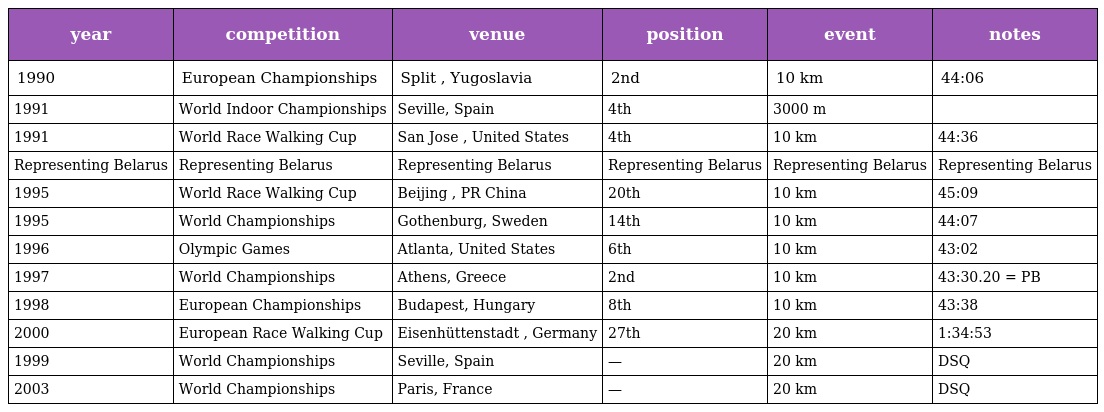
| year | competition | venue | position | event | notes |
 | --- | --- | --- | --- | --- | --- |
 | 1990 | European Championships | Split , Yugoslavia | 2nd | 10 km | 44:06 |
 | 1991 | World Indoor Championships | Seville, Spain | 4th | 3000 m |  |
 | 1991 | World Race Walking Cup | San Jose , United States | 4th | 10 km | 44:36 |
 | Representing Belarus | Representing Belarus | Representing Belarus | Representing Belarus | Representing Belarus | Representing Belarus |
 | 1995 | World Race Walking Cup | Beijing , PR China | 20th | 10 km | 45:09 |
 | 1995 | World Championships | Gothenburg, Sweden | 14th | 10 km | 44:07 |
 | 1996 | Olympic Games | Atlanta, United States | 6th | 10 km | 43:02 |
 | 1997 | World Championships | Athens, Greece | 2nd | 10 km | 43:30.20 = PB |
 | 1998 | European Championships | Budapest, Hungary | 8th | 10 km | 43:38 |
 | 2000 | European Race Walking Cup | Eisenhüttenstadt , Germany | 27th | 20 km | 1:34:53 |
 | 1999 | World Championships | Seville, Spain | — | 20 km | DSQ |
 | 2003 | World Championships | Paris, France | — | 20 km | DSQ |